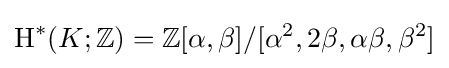
\operatorname {H} ^{*}(K;\mathbb {Z} )=\mathbb {Z} [\alpha ,\beta ]/[\alpha ^{2},2\beta ,\alpha \beta ,\beta ^{2}]